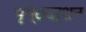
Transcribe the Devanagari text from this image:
पृष्ठदर्शन